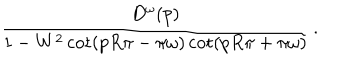
\frac { D ^ { \omega } ( p ) } { 1 - W ^ { 2 } \cot ( p R \pi - \pi \omega ) \cot ( p R \pi + \pi \omega ) } \, .